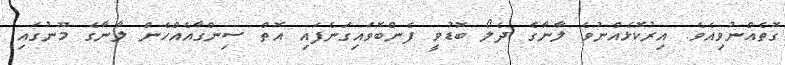
ގޮތެއްނުވިއެވެ. އިރުކޮޅެއްނުވެ ލާނާގެ ދެލޯ ބޮޑުވީ ފެންބޮވައިގަނެފައި އޮތް ސިންގާއެއްހެން ލާނާގެ މޫނުގައި